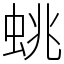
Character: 䖴